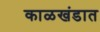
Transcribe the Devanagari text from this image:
काळखंडात